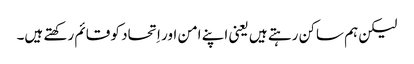
‏ لیکن ہم ساکن رہتے ہیں یعنی اپنے امن اور اِتحاد کو قائم رکھتے ہیں۔